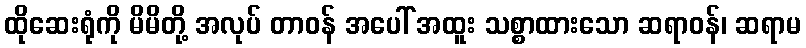
ထိုဆေးရုံကို မိမိတို့ အလုပ် တာဝန် အပေါ် အထူး သစ္စာထားသော ဆရာဝန်၊ ဆရာမ